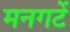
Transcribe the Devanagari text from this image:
मनगटें